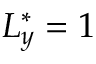
L _ { y } ^ { * } = 1